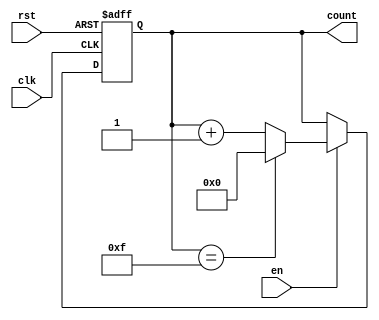
module MemoryBlocksUpCounter #(
    parameter INITIAL_VALUE = 4'b0000,  // Initial value of the counter
    parameter MAX_VALUE = 4'b1111        // Maximum value of the counter
)(
    input wire clk,                      // Clock signal
    input wire rst,                      // Reset signal
    input wire en,                       // Enable signal
    output reg [3:0] count               // 4-bit counter output
);

    // Synchronous reset and counting logic
    always @(posedge clk or posedge rst) begin
        if (rst) begin
            count <= INITIAL_VALUE;      // Reset to initial value
        end else if (en) begin
            if (count == MAX_VALUE) begin
                count <= INITIAL_VALUE;  // Wrap around to initial value
            end else begin
                count <= count + 1;      // Increment count
            end
        end
    end

endmodule